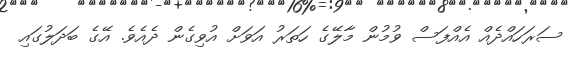
ސަރަހައްދެއް އެއްފަސް ވުމުން މާލޭގެ ހަތަރު އަވަށް އުވިގެން ދެއެވެ. އޭގެ ބަދަލުގައި